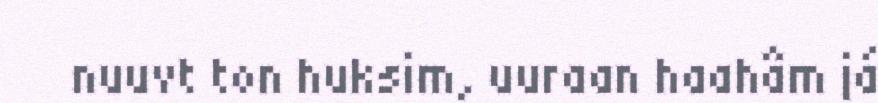
nuuvt ton huksim, uuraan haahâm já